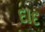
દાદ